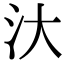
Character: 汏